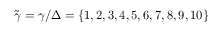
\tilde { \gamma } = \gamma / \Delta = \{ 1 , 2 , 3 , 4 , 5 , 6 , 7 , 8 , 9 , 1 0 \}